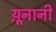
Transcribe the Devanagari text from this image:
य़ूनानी